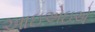
આઇએઇએ